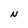
Character: N